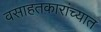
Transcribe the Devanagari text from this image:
वसाहतकारांच्यात